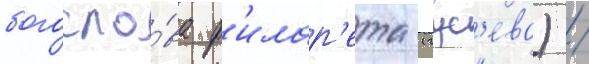
богосло́ва ф'илар'ета (гус'ева) /